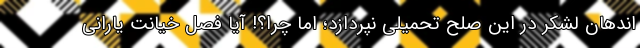
اندهان لشکر در این صلح تحمیلی نپردازد؛ اما چرا؟! آیا فصل خیانت یارانی